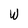
Character: W